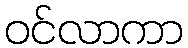
ဝင်လာကာ